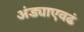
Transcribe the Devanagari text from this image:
अंड्याएवढं